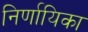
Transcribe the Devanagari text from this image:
निर्णायिका